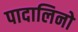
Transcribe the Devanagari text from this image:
पादालिनो